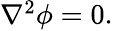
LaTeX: \begin{array}{r}{\nabla^{2}\phi=0.}\end{array}